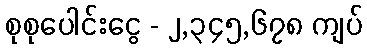
စုစုပေါင်းငွေ - ၂,၃၄၅,၆၇၈ ကျပ်